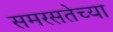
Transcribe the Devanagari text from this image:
समरसतेच्या